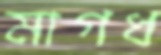
মাগধ